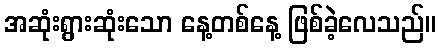
အဆုံးရွားဆုံးသော နေ့တစ်နေ့ ဖြစ်ခဲ့လေသည်။